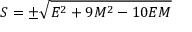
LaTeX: S = \pm { \sqrt { E ^ { 2 } + 9 M ^ { 2 } - 1 0 E M } }